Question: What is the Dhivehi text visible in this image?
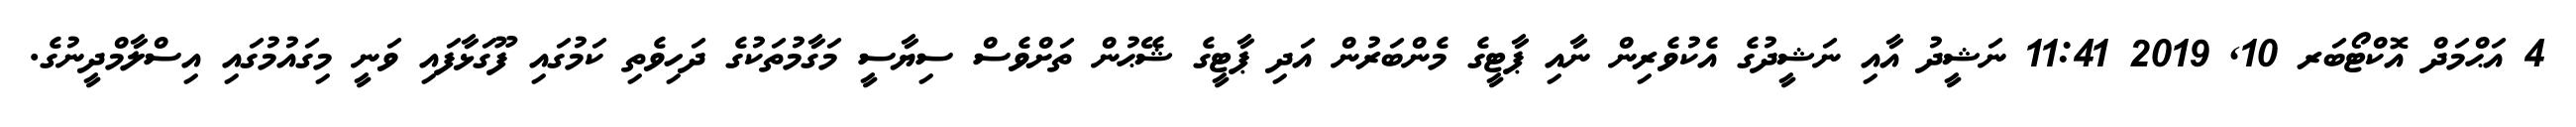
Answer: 4 އަޙްމަދް އޮކްޓޯބަރ 10, 2019 11:41 ނަޝީދު އާއި ނަޝީދުގެ އެކުވެރިން ނާއި ޕާޓީގެ މެންބަރުން އަދި ޕާޓީގެ ޝޭޙުން ތަށްވެސް ސިޔާސީ މަގާމުތަކުގެ ދަހިވެތި ކަމުގައި ފޫގަޅާފައި ވަނީ މިގައުމުގައި އިސްލާމްދީނުގެ.